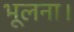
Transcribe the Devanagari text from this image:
भूलना।